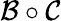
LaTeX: {\mathcal{B}}\circ{\mathcal{C}}